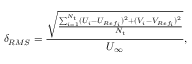
\delta _ { R M S } = \frac { \sqrt { \frac { \sum _ { i = 1 } ^ { N _ { t } } ( U _ { i } - U _ { R e f _ { i } } ) ^ { 2 } + ( V _ { i } - V _ { R e f _ { i } } ) ^ { 2 } } { N _ { t } } } } { U _ { \infty } } ,